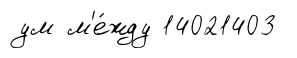
ум м'е́жду 14021403